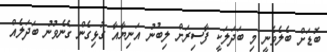
ބޮޑަށް ބެލެވެނީ މި ބަދަލަކީ ފާސިރަށް ލިބުނު އަނިޔާއާ ގުޅިގެން ގެނެވުނު ބަދަލެއް